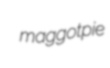
maggotpie